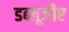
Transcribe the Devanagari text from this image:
डब्लूजीए